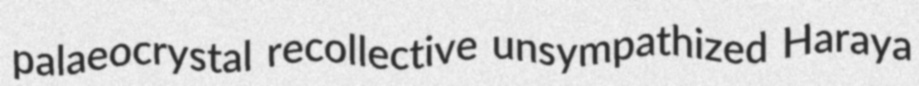
palaeocrystal recollective unsympathized Haraya